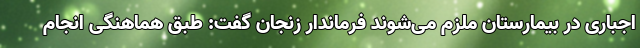
اجباری در بیمارستان ملزم می‌شوند فرماندار زنجان گفت: طبق هماهنگی انجام